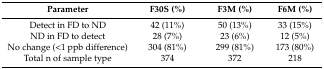
<table><thead><tr><td><b>Parameter</b></td><td><b>F30S (%)</b></td><td><b>F3M (%)</b></td><td><b>F6M (%)</b></td></tr></thead><tbody><tr><td>Detect in FD to ND</td><td>42 (11%)</td><td>50 (13%)</td><td>33 (15%)</td></tr><tr><td>ND in FD to detect </td><td>28 (7%)</td><td>23 (6%)</td><td>12 (5%)</td></tr><tr><td>No change (&lt;1 ppb difference)</td><td>304 (81%)</td><td>299 (81%)</td><td>173 (80%)</td></tr><tr><td>Total n of sample type</td><td>374</td><td>372</td><td>218</td></tr></tbody></table>